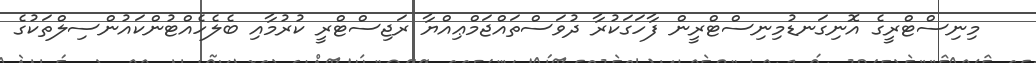
މިނިސްޓްރީގެ އޮނިގަނޑުމިނިސްޓްރީން ފާހަގަކުރާ ދުވަސްތައްޖަމްޢިއްޔާ ރަޖިސްޓްރީ ކުރުމާއި ބެލެހެއްޓުންކައުންސިލްތަކުގެ